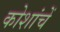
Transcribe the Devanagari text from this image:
कोशांचें